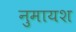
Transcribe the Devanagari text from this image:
नुमायश